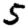
Digit: 5